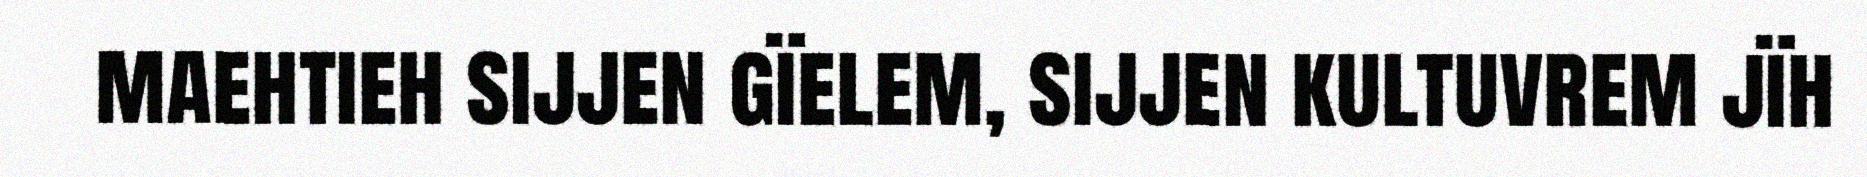
maehtieh sijjen gïelem, sijjen kultuvrem jïh